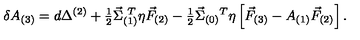
\delta A _ { ( 3 ) } = d \Delta ^ { ( 2 ) } + { \textstyle \frac { 1 } { 2 } } \vec { \Sigma } _ { ( 1 ) } ^ { \ T } \eta \vec { F } _ { ( 2 ) } - { \textstyle \frac { 1 } { 2 } } \vec { \Sigma } _ { ( 0 ) } { } ^ { T } \eta \left[ \vec { F } _ { ( 3 ) } - A _ { ( 1 ) } \vec { F } _ { ( 2 ) } \right] .